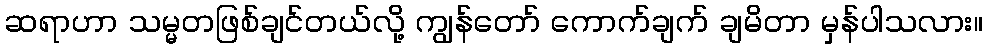
ဆရာဟာ သမ္မတဖြစ်ချင်တယ်လို့ ကျွန်တော် ကောက်ချက် ချမိတာ မှန်ပါသလား။